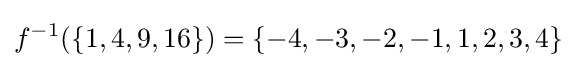
f^{-1}(\left\{1,4,9,16\right\})=\left\{-4,-3,-2,-1,1,2,3,4\right\}